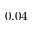
0 . 0 4